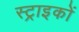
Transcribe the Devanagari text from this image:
स्ट्राइकों